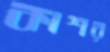
কাশর